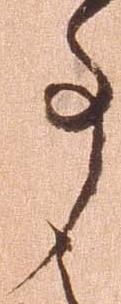
事